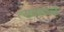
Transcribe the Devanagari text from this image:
त्याकाळे